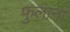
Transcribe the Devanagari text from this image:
फुलानां